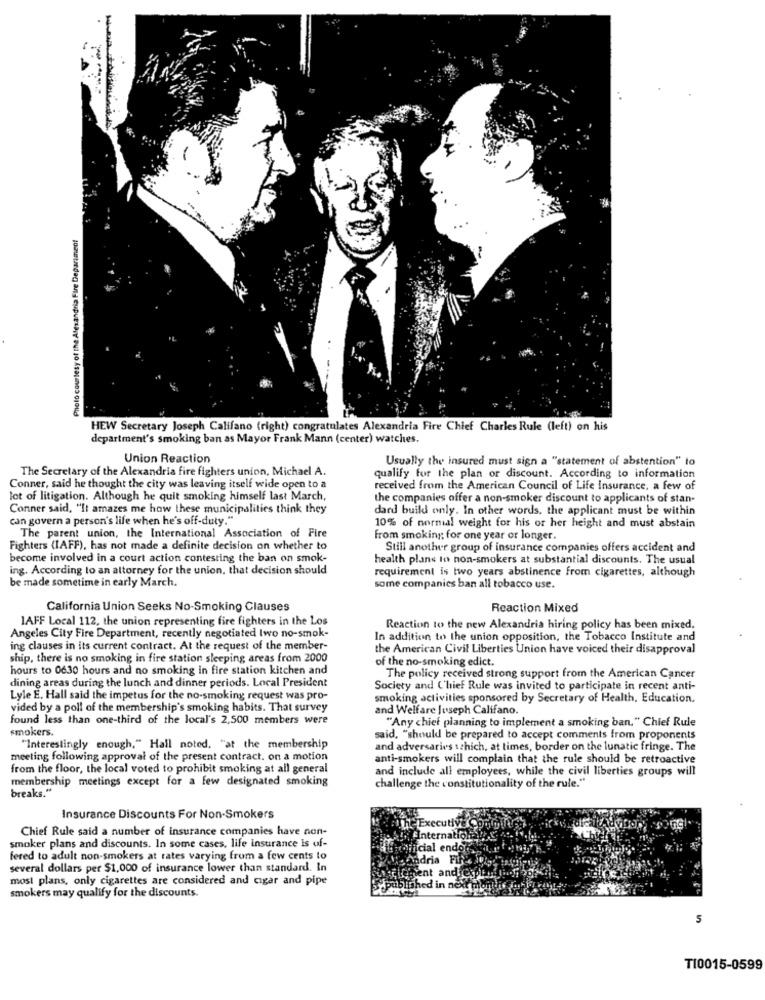
Photo courtesy of the Alexandria Fire Department
HEW Secretary Joseph Califano (right) congratulates Alexandria Fire Chief Charles Rule (left) on his
department's smoking ban as Mayor Frank Mann (center) watches.
Union Reaction
Usually the insured must sign a "statement of abstention" to
The Secretary of the Alexandria fire fighters union, Michael A.
qualify for the plan or discount. According to information
Conner, said he thought the city was leaving itself wide open to a
received from the American Council of Life Insurance, a few of
lot of litigation. Although he quit smoking himself last March,
the companies offer a non-smoker discount to applicants of stan-
Conner said, "It amazes me how these municipalities think they
dard build only. In other words, the applicant must be within
can govern a person's life when he's off-duty."
10% of normal weight for his or her height and must abstain
The parent union, the International Association of Fire
from smoking for one year or longer.
Fighters (IAFF), has not made a definite decision on whether to
Still another group of insurance companies offers accident and
become involved in a court action contesting the ban on smok-
health plans to non-smokers at substantial discounts. The usual
ing. According to an attorney for the union, that decision should
requirement is two years abstinence from cigarettes, although
be made sometime in early March.
some companies ban all tobacco use.
California Union Seeks No-Smoking Clauses
Reaction Mixed
IAFF Local 112, the union representing fire fighters in the Los
Reaction to the new Alexandria hiring policy has been mixed.
Angeles City Fire Department, recently negotiated Iwo no-smok-
In addition to the union opposition, the Tobacco Institute and
ing clauses in its current contract. At the request of the member-
the American Civil Liberties Union have voiced their disapproval
ship, there is no smoking in fire station sleeping areas from 2000
of the no-smoking edict.
hours to 0630 hours and no smoking in fire station kitchen and
The policy received strong support from the American Cancer
dining areas during the lunch and dinner periods. Local President
Society and Chief Rule was invited to participate in recent anti-
Lyle E. Hall said the impetus for the no-smoking request was pro-
smoking activities sponsored by Secretary of Health, Education,
vided by a poll of the membership's smoking habits. That survey
and Welfare Juseph Califano.
found less than one-third of the local's 2,500 members were
"Any chief planning to implement a smoking ban." Chief Rule
smokers.
said, "should be prepared to accept comments from proponents
"Interestingly enough," Hall noted. "at the membership
and adversaries schich, at times, border on the lunatic fringe. The
meeting following approval of the present contract. on a motion
anti-smokers will complain that the rule should be retroactive
from the floor, the local voted to prohibit smoking at all general
and include all employees, while the civil liberties groups will
membership meetings except for a few designated smoking
breaks."
challenge the constitutionality of the rule."
Insurance Discounts For Non-Smokers
Chief Rule said a number of insurance companies have non-
smoker plans and discounts. In some cases, life insurance is of-
icial endo
fered to adult non-smokers at rates varying from a few cents to
dria
several dollars per $1,000 of insurance lower than standard. In
most plans, only cigarettes are considered and cigar and pipe
smokers may qualify for the discounts.
5
T10015-0599